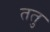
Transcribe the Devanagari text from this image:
ततु